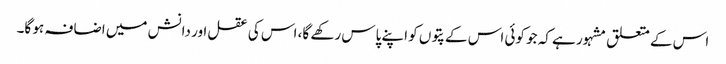
اس کے متعلق مشہور ہے کہ جو کوئی اس کے پتوں کو اپنے پاس رکھے گا، اس کی عقل اور دانش میں اضافہ ہو گا۔